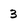
Character: 3